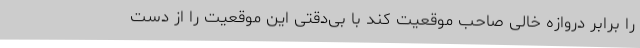
را برابر دروازه خالی صاحب موقعیت کند با بی‌دقتی این موقعیت را از دست